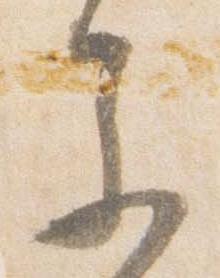
参